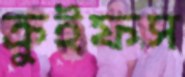
ক্রুইফস